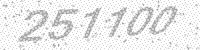
Solution: 251100